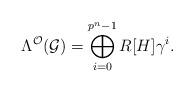
LaTeX: \begin{align*}\Lambda^{\mathcal{O}}(\mathcal{G}) = \bigoplus_{i=0}^{p^n-1} R[H] \gamma^{i}.\end{align*}